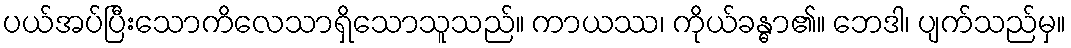
ပယ်အပ်ပြီးသောကိလေသာရှိသောသူသည်။ ကာယဿ၊ ကိုယ်ခန္ဓာ၏။ ဘေဒါ၊ ပျက်သည်မှ။